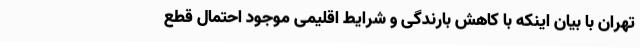
تهران با بیان اینکه با کاهش بارندگی و شرایط اقلیمی موجود احتمال قطع